Reports on dispensaries and lunatic asylums in the Province of Oudh - 1869-1876
Year: 1869
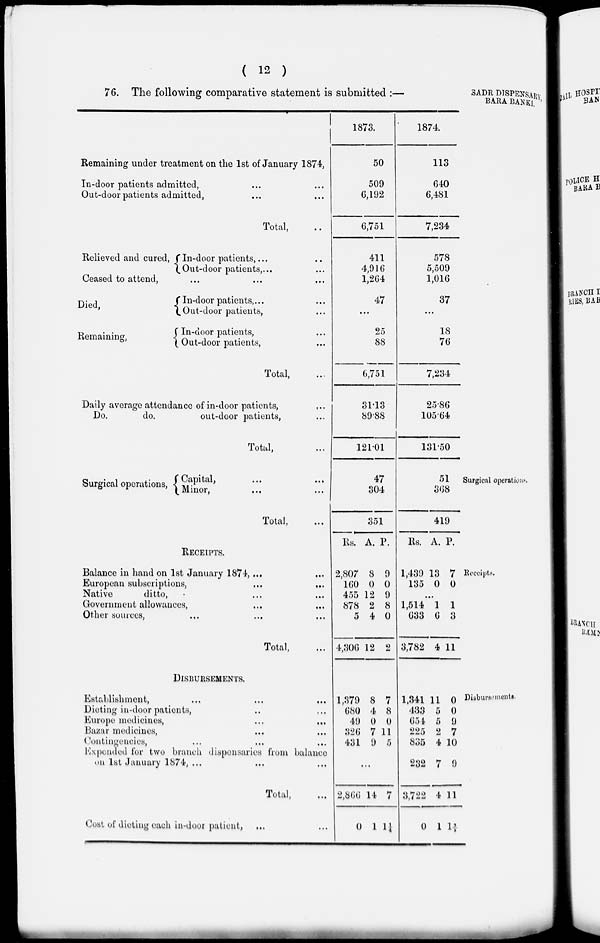
( 12 )
SADR DISPENSARY,
BARA BANKI.
76. The following comparative statement is submitted :––
Remaining under treatment on the 1st of January 1874,
In-door patients admitted , ... ...
Out-door patients admitted,
... ...
Total,
...
Relieved and cured, In-door patients , ...
...
Out-door patients, ...
...
Ceased to attend,
... ... ...
Died,
Remaining,
In-door patients,...
...
Out-door patients,
...
...
In-door patients,
...
Out-door patients,
...
Total,
...
Daily average attendance of in-door patients,
...
Do.
do.
out-door patients, ...
Total,
...
1873.
50
509
6,192
6,751
411
4,916
1,264
47
...
25
88
6,751
31.13
89.88
121.01
1874.
113
640
6,481
7,234
578
5,509
1,016
37
...
18 76
7,234
25.86
105.64
131.50
Surgical operations.
Surgical operations, Capital , ... ...
Minor ... ...
Total,
...
47
304
351
51
368
419
Receipts.
RECEIPTS.
Balance in hand on 1st January 1874, ...
European subscriptions, ... ...
Native
ditto, ... ...
Government allowances, ... ...
Other sources, ... ... ...
Total, ...
Rs.
2,807
160
455
878
5
4,306
A.
8
0
12
2
4
12
P.
9
0
9
8
0
2
Rs.
1,439
135
A.
13
0
P.
7
0
...
1,514
633
3,782
1
6
4
1
3
11
Disbursements.
DISBURSEMENTS.
Establishment, ... ... ...
Dieting in-door patients, ... ...
Europe medicines,
...
...
Bazar medicines, ... ...
Contingencies , ... ... ... ...
Expended for two branch dispensaries from balance
on 1st January 1874 , ... ... ...
Total, ...
Cost of dieting each in-door patient, ... ...
1,379
680
49
326
431
8
4
0
7
9
7
8
0
11
5
...
2,866
0
14
1
7
1¼
1,341
433
654
225
835
232
3,722
0
11
5
5
2
4
7
4
1
0
0
9
7
10
9
11
1